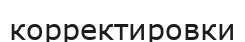
корректировки